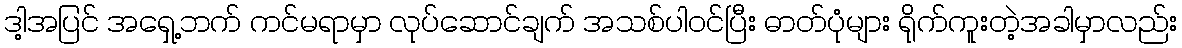
ဒါ့အပြင် အရှေ့ဘက် ကင်မရာမှာ လုပ်ဆောင်ချက် အသစ်ပါဝင်ပြီး ဓာတ်ပုံများ ရိုက်ကူးတဲ့အခါမှာလည်း